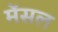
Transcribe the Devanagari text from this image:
मेंसल